Medical and sanitary report of the native army of Madras for the year
Year: 1872
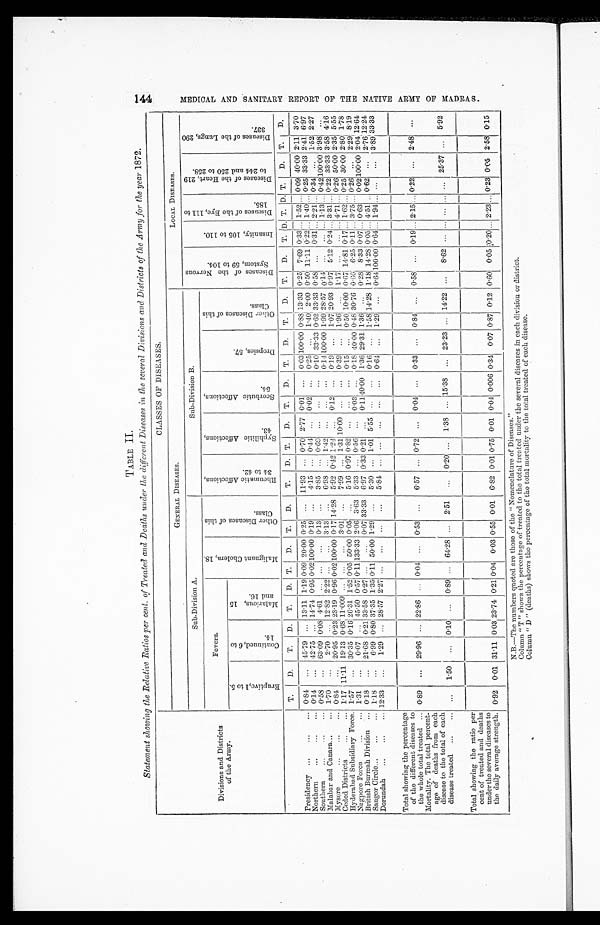
TABLE II.
Statement showing the Relative Ratios per cent. of Treated and Deaths under the different Diseases in the several Divisions and Districts of the Army for the year 1872.
Divisions and Districts
of the Army.
CLASSES OF DISEASES.
GENERAL DISEASES.
LOCAL DISEASES.
Sub-Division A.
Sub-Division B.
D i s e a s e o f t h e N e r v o u s S y s t e m , 5 9 t o 1 0 4 .
I n s a n i t y , 1 0 5 t o 1 1 0 .
D i s e a s e s o f t h e E y e , 1 1 1 t o 1 8 5 .
D i s e a s e s o f t h e H e a r t , 2 1 9 t o 2 4 4 a n d 2 5 0 t o 2 5 8 .
D i s e a s e s o f t h e L u n g s , 2 9 0 3 3 7 .
Fevers.
M a l i g n a n t C h o l e r a , 1 8 .
O t h e r D i s e a s e s o f t h i s C l a s s .
R h e u m a t i c A f f e c t i o n s , 3 4 t o 4 2 .
S y p h i l i t i c A f f e c t i o n s , 4 3 .
S c o r b u t i c A f f e c t i o n s , 5 4 .
D r o p s i e s , 5 7 .
O t h e r D i s e a s e s o f t h i s C l a s s .
E r u p t i v e , 1 t o 5 .
C o n t i n u e d , 6 t o 1 4 .
M a l a r i o u s , 1 5 a n d 1 6 .
T.
D.
T.
D. T.
D. T.
D. T.
D.
T.
D. T.
D. T. D. T.
D. T.
D. T. D. T. D. T. D. T.
D. T.
D.
Presidency ...
...
... 0.84
. . . 45.79
. . . 13.11 1.19 0.09 20.00 0.25
. . . 11.93
. . . 0.70 2.77 0.01
. . . 0.03 100.00
0 . 8 8 13.33 0.25 7.69 0.33 . . . 1.52 ... 0.09 40.00 2.11 3.70
Northern
...
...
... 0.14 ... 42.75 ... 14.74 0.95
0 . 0 2 100.00 0.19
. . . 4.15 ... 0.44 ... 0.02 ... 0.25 ... 1.40 2.00 0.50 11.11 0.22 ... 1.40 . . . 0.25 33.33 2.41 6.97
Southern
...
...
... 0.58 ... 63.09 0.08 4.61 ... ...
... 0.13
. . . 3.85 ... 0.69 ...
...
... 0.10 33.33 0.62 33.33 0.58
. . . 0.31 . . . 2.21 . . . 0.34 ... 1.52 2.27
Malabar and Canara...
... 1.70 ...
2.70 ... 12.82 2.22 ...
... 3.13 ...
6.98 ... 1.49 ...
...
... 0.14 100.00
1 . 9 9 28.57 0.14 ...
... ... 1.13
. . .
0 . 4 2
100.00
3 . 9 8 . . .
Mysore
...
...
... 0.84 ... 20.95 0.23 23.19 0.96 0.02 100.00 0.17 14.28 5.92 0.42 1.24 ... 0.12 ... 0.19 ...
1 . 0 7 20.93 0.97 5.12 0.94 ... 3.31 ... 0.22 33.33 3.58 4.16
Ceded Districts
...
... 1.17 11.11 19.13 0.68 11.009 ... ...
... 3.01 ...
7.99 ... 1.31 10.00 ...
... 0.39
. . . 1.96 ... 1.17 ...
... ... 4.71 . . . 0.26 50.00 2.35 5.55
Hyderabad Subsidiary Force. 1.57
. . . 30.35 0.16 26.31 1.52 0.05 50.00 0.05 ...
5.16 0.97 0.82 ...
. . .
. . . 0.15 ... 0.50 10.00 0.67 14.81 0.17 . . . 1.62 . . . 0.25 30.00 2.80 1.78
Nagpore Force
...
... 1.31
...
0.07 ... 45.50 0.57 0.11 133.33 2.06 3.63 5.33 ... 0.56 ... 0.03 ... 0.18 40.00 0.48 30.76 0.60 6.25 0.11 ... 3.75 . . . 0.26 ... 2.29 8.19
British Burmah Division ... 0.18
. . . 21.68 0.21 33.58 0.27 ...
... 0.07 33.33 6.97 0.33 0.21 ...
0 . 1 1
4 0 . 0 0 1.36 29.31 1.36 ... 0.28 8.33 0.07 ... 0.63 . . .
0 . 0 2
100.00 2.04 12.64
Saugor Circle...
...
... 1.18 ... 6.99 0.80 37.35 1.35 0.11 50.00 1.29 ...
5.30
. . . 1.01 5.55 ...
... 0.16
. . . 1.58 14.28 1.18 1 14.28 0.05 ... 4.51 . . . 0.62 ...
2 . 7 6 12.24
Dorundah ...
...
... 12.33
. . . 1.29 ... 28.57 2.27 ...
...
...
...
5.84 ... ... ...
...
... 0.64 ... 1.29
. . .
0 . 6 4
100.00 0.64 . . . 1.94 ... ...
... 3.89 33.33
Total showing the percentage
of the different diseases to
the whole total treated ... 0.89 ... 29.96 ... 22.86 ... 0.04 ... 0.53 ... 6.57 ... 0.72 ... 0.04 ... 0.33
. . . 0.84 ... 0.58 ... 0.19
. . .
2.15 ... 0.22 ... 2.48 ...
Mortality. The total percent-
age of deaths from each
disease to the total of each
disease treated
. . .
. . . . . .
1.50 ... 0.10
. . . 0.89
. . .
64.28 ... 2.51 ... 0.20 ... 1.38
. . .
15.38
. . . 23.23 ... 14.22
. . .
8.62 ...
. . .
... ...
. . . 25.37
. . . 5.92
Total showing the ratio per
cent of treated and deaths
under the several diseases to
the daily average strength. 0.92 0.01 31.11 0.03 23.74 0.21 0.04 0.03 0.55 0.01 6.82 0.01 0.75 0.01 0.04 0.006 0.34 0.07 0.87 0.12 0.60 0.05 0.20
. . .
2.23 ... 0.23 0.05 2.58 0.15
N.B.—The numbers quoted are those of the " Nomenclature of Diseases."
Column " T " shows the percentage of treated to the total treated under the several diseases in each division or district.
Column " D " (deaths) shows the percentage of the total mortality to the total treated of each disease.
M E D I C A L A N D S A N I T A R Y R E P O R T O F T H E N A T I V E A R M Y O F M A D R A S .